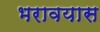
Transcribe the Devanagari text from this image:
भरावयास